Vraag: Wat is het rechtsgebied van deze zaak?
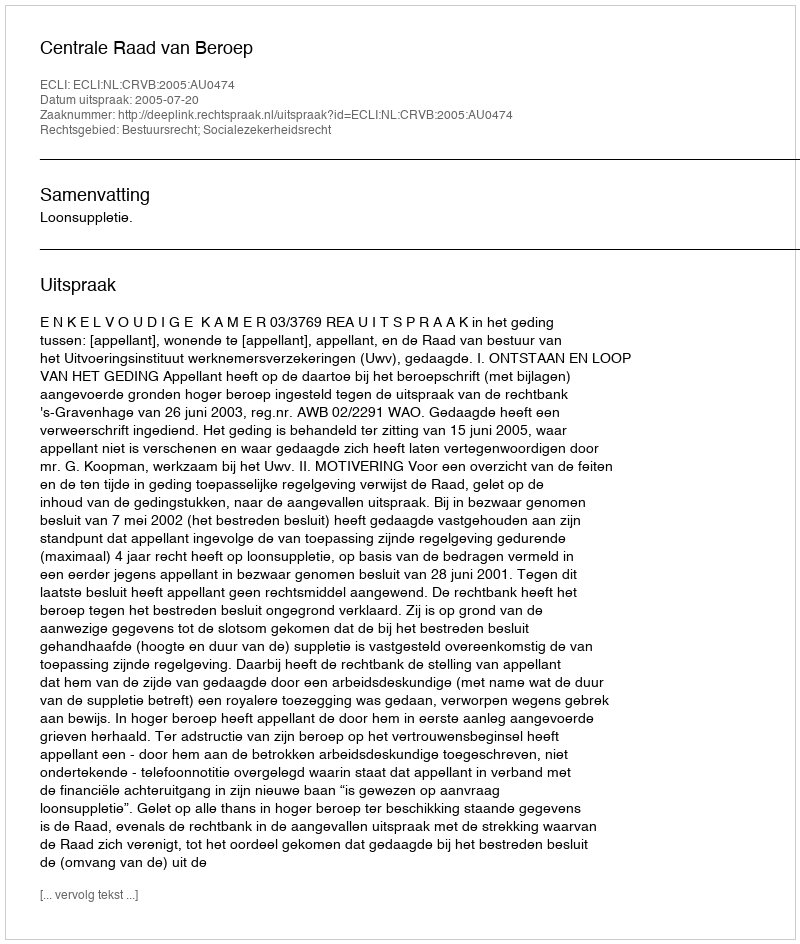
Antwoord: Bestuursrecht; Socialezekerheidsrecht